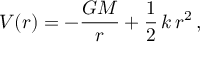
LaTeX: V ( r ) = - { \frac { G M } { r } } + { \frac { 1 } { 2 } } \, k \, r ^ { 2 } \, ,